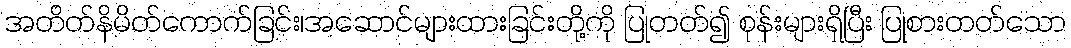
အတိတ်နိမိတ်ကောက်ခြင်း၊အဆောင်များထားခြင်းတို့ကို ပြုတတ်၍ စုန်းများရှိပြီး ပြုစားတတ်သော